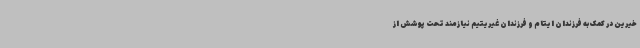
خیرین در کمک به فرزندان ایتام و فرزندان غیریتیم نیازمند تحت پوشش از